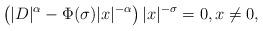
LaTeX: \begin{align*} \left(|D|^\alpha-\Phi(\sigma)|x|^{-\alpha}\right)|x|^{-\sigma} = 0, x\neq0, \end{align*}